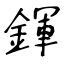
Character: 鍕